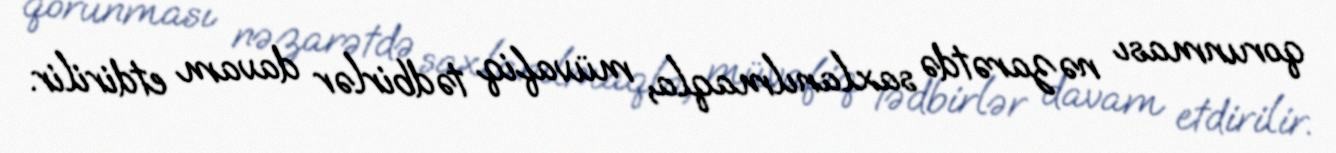
qorunması nəzarətdə saxlanılmaqla, müvafiq tədbirlər davam etdirilir.